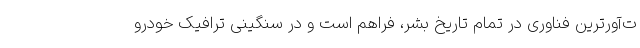
ت‌آورترین فناوری در تمام تاریخ بشر، فراهم است و در سنگینی ترافیک خودرو